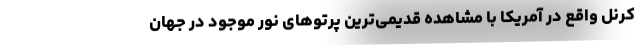
کرنل واقع در آمریکا با مشاهده قدیمی‌ترین پرتوهای نور موجود در جهان